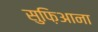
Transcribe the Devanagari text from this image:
सुफ़िआना